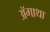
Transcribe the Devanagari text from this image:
ॲगाथा